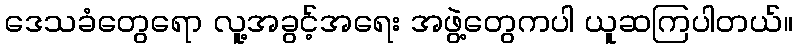
ဒေသခံတွေရော လူ့အခွင့်အရေး အဖွဲ့တွေကပါ ယူဆကြပါတယ်။